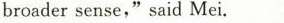
broader sense,"said Mei.